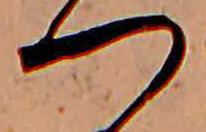
つ